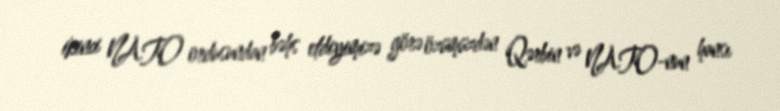
ikinci NATO ordusundan bəhs etdiyimizə görə özümüzdən Qərbin və NATO-nun hansı